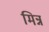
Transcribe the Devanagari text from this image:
मिन्न